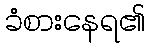
ခံစားနေရ၏